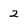
Character: 2